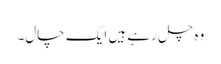
وہ چل رہے ہیں ایک چال۔